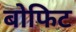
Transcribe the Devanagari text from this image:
बोफिट